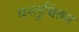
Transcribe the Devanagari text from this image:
वस्तुचिंतन